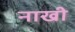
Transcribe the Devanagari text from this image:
नाखी